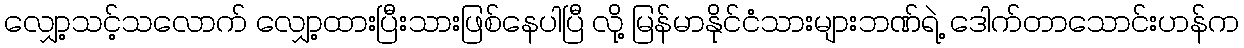
လျှော့သင့်သလောက် လျှော့ထားပြီးသားဖြစ်နေပါပြီ လို့ မြန်မာနိုင်ငံသားများဘဏ်ရဲ့ ဒေါက်တာသောင်းဟန်က